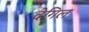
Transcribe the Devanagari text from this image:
देगिल